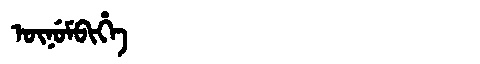
Manchu: ᡡᠨᡠᠮᠪᡳᡥᡝ
Romanization: ŪNUMBIHE